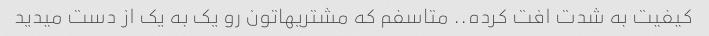
کیفیت به شدت افت کرده.. متاسفم که مشتریهاتون رو یک به یک از دست میدید